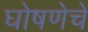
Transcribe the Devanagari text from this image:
घोषणेचे